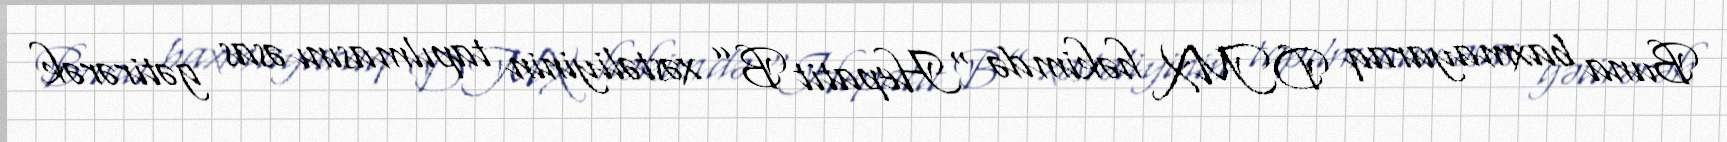
Buna baxmayaraq DMX həkimdə “Hepatit B” xəstəliyinin tapılmasını əsas gətirərək